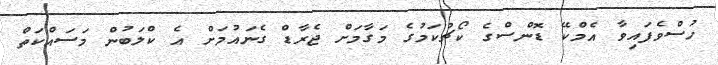
ހުސްވެފައިވާ އެމްކޭ ޑޮންސްގެ ކޯޗުކަމުގެ މަގާމަށް ޖެރާޑް ގެނައުމަށް އެ ކްލަބުން މަސައްކަތް